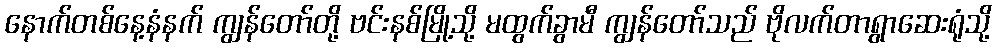
နောက်တစ်နေ့နံနက် ကျွန်တော်တို့ ဗင်းနစ်မြို့သို့ မထွက်ခွာမီ ကျွန်တော်သည် ဗိုလက်တာရွာဆေးရုံသို့